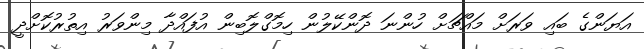
އަޔަންގެ ބައި ވަރަށް މައްޗަށް ހުންނަ ދޮންކޭލުން ހިމޮގްލޮބިން އުފައްދާ މިންވަރު އިތުރުކޮށްދީ